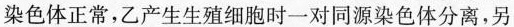
染色体正常，乙产生生殖细胞时一对同源染色体分离，另